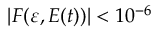
| F ( \varepsilon , E ( t ) ) | < 1 0 ^ { - 6 }